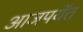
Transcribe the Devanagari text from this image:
आजपयॅत